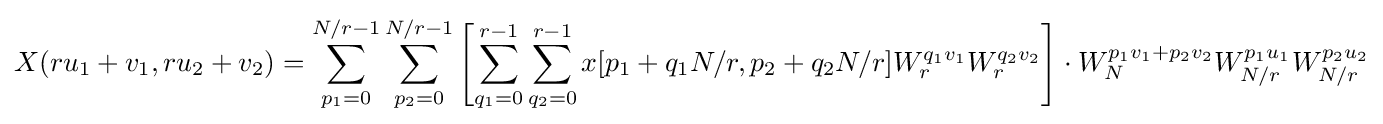
X(ru_{1}+v_{1},ru_{2}+v_{2})=\sum _{p_{1}=0}^{N/r-1}\sum _{p_{2}=0}^{N/r-1}\left[\sum _{q_{1}=0}^{r-1}\sum _{q_{2}=0}^{r-1}x[p_{1}+q_{1}N/r,p_{2}+q_{2}N/r]W_{r}^{q_{1}v_{1}}W_{r}^{q_{2}v_{2}}\right]\cdot W_{N}^{p_{1}v_{1}+p_{2}v_{2}}W_{N/r}^{p_{1}u_{1}}W_{N/r}^{p_{2}u_{2}}